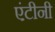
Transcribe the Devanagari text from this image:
एंटीनी